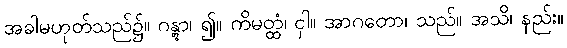
အခါမဟုတ်သည်၌။ ဂန္တွာ၊ ၍။ ကိမတ္ထံ၊ ငှါ။ အာဂတော၊ သည်။ အသိ၊ နည်း။